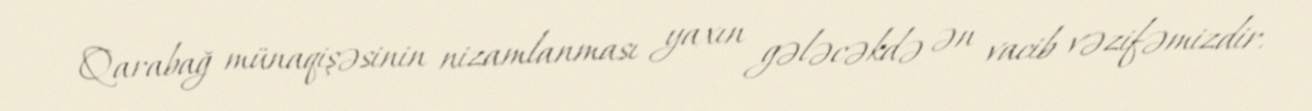
Qarabağ münaqişəsinin nizamlanması yaxın gələcəkdə ən vacib vəzifəmizdir.